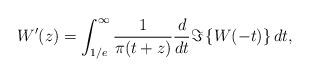
LaTeX: \begin{align*}W^{\prime}(z)= \int_{1/e}^{\infty} \frac{1}{\pi(t+z)}\frac{d}{dt}\Im \left\{W(-t)\right\} dt, \end{align*}